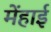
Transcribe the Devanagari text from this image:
मेंहाई